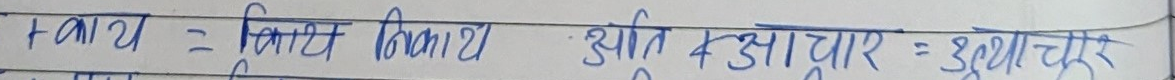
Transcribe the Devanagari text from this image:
+आय = वित्त विभाग  आति 4311 आधार = श्वाचर